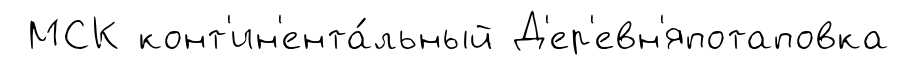
МСК конт'ин'ента́льный Д'ер'евн'япотаповка